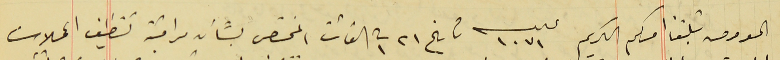
المعروض تبلغنا امركم الكريم عدد ١٠٧١ تاريخ ٢١ ت١ الفائت المختص بشأن مراقبة تنظيف المحلات